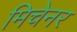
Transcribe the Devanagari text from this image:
मिचेनर